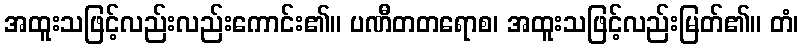
အထူးသဖြင့်လည်းလည်းကောင်း၏။ ပဏီတတရောစ၊ အထူးသဖြင့်လည်းမြတ်၏။ တံ၊